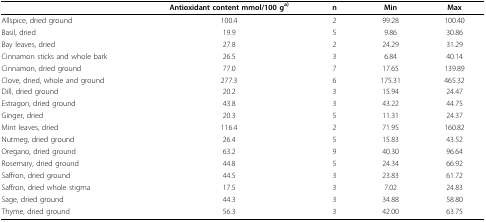
|  | Antioxidant content mmol/100 ga) | n | Min | Max |
 | --- | --- | --- | --- | --- |
 | Allspice, dried ground | 100.4 | 2 | 99.28 | 100.40 |
 | Basil, dried | 19.9 | 5 | 9.86 | 30.86 |
 | Bay leaves, dried | 27.8 | 2 | 24.29 | 31.29 |
 | Cinnamon sticks and whole bark | 26.5 | 3 | 6.84 | 40.14 |
 | Cinnamon, dried ground | 77.0 | 7 | 17.65 | 139.89 |
 | Clove, dried, whole and ground | 277.3 | 6 | 175.31 | 465.32 |
 | Dill, dried ground | 20.2 | 3 | 15.94 | 24.47 |
 | Estragon, dried ground | 43.8 | 3 | 43.22 | 44.75 |
 | Ginger, dried | 20.3 | 5 | 11.31 | 24.37 |
 | Mint leaves, dried | 116.4 | 2 | 71.95 | 160.82 |
 | Nutmeg, dried ground | 26.4 | 5 | 15.83 | 43.52 |
 | Oregano, dried ground | 63.2 | 9 | 40.30 | 96.64 |
 | Rosemary, dried ground | 44.8 | 5 | 24.34 | 66.92 |
 | Saffron, dried ground | 44.5 | 3 | 23.83 | 61.72 |
 | Saffron, dried whole stigma | 17.5 | 3 | 7.02 | 24.83 |
 | Sage, dried ground | 44.3 | 3 | 34.88 | 58.80 |
 | Thyme, dried ground | 56.3 | 3 | 42.00 | 63.75 |